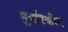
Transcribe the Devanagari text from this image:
मुषरिकीन